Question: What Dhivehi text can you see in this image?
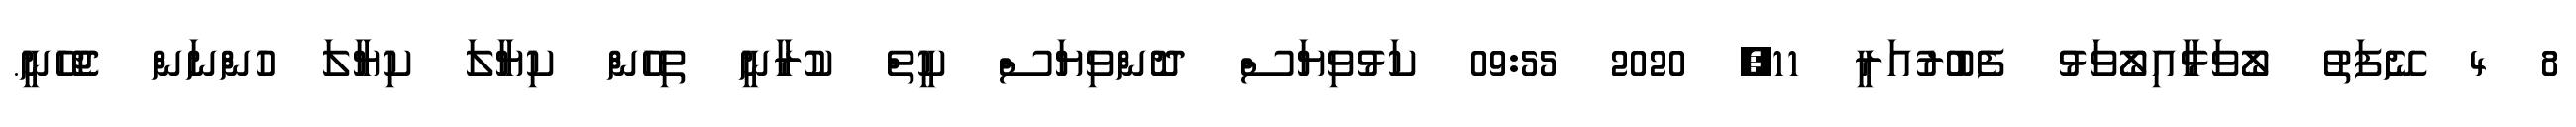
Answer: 8 4 ނޭފަތު ލޯވަޅާއިލޯވަޅު ފެބުރުއަރީ 11, 2020 09:55 ކަޅުވިޔަސް ދޮންވިޔަސް ކީތް ކުރާނީ ތިހެން ކިޔާލަ ކިޔާލަ ހުންނަން ޖެހޭނީ.